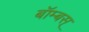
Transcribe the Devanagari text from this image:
बॉम्बस्